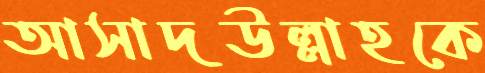
আসাদউল্লাহকে